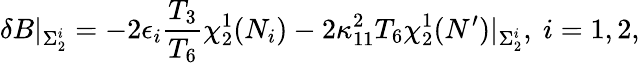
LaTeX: \delta B\vert_{\Sigma_{2}^{i}}=-2\epsilon_{i}{\frac{T_{3}}{T_{6}}}\chi_{2}^{1}(N_{i})-2\kappa_{11}^{2}T_{6}\chi_{2}^{1}(N^{\prime})\vert_{\Sigma_{2}^{i}},\ i=1,2,